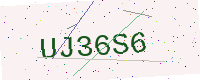
Text: UJ36S6